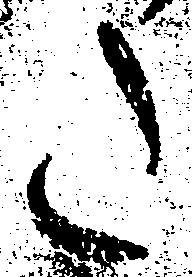
た